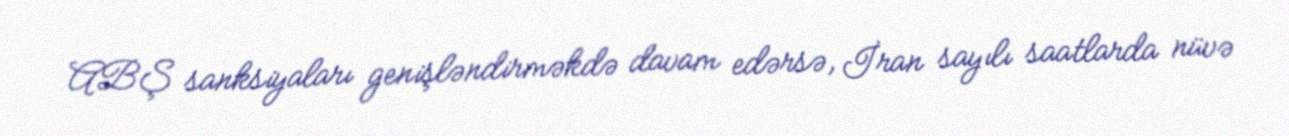
ABŞ sanksiyaları genişləndirməkdə davam edərsə, İran sayılı saatlarda nüvə